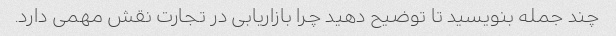
چند جمله بنویسید تا توضیح دهید چرا بازاریابی در تجارت نقش مهمی دارد.